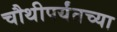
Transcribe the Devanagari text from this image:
चौथीपर्यंतच्या